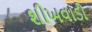
શીખવાડો